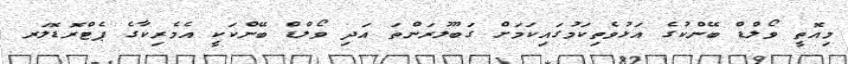
މިއޮތީ ވޯލްޑް ބޭންކުގެ އަޅުވެތިކަމުގައިކަމަށް ގަބޫލުރަންތަ އަދި ވޯލްޑް ބޭންކަކީ އެމެރިކާގެ ޕެޓްރޮޑޮލަރ